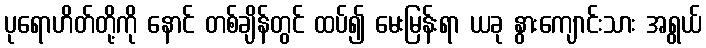
ပုရောဟိတ်တို့ကို နောင် တစ်ချိန်တွင် ထပ်၍ မေးမြန်းရာ ယခု နွားကျောင်းသား အရွယ်